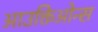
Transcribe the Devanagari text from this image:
आउक्तिओन्स